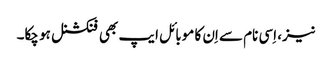
نیز، اِسی نام سے اِن کا موبائل ایپ بھی فنکشنل ہو چکا۔